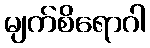
မျက်စိရောဂါ